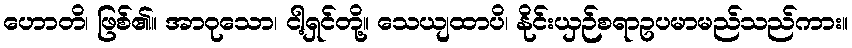
ဟောတိ၊ ဖြစ်၏။ အာဝုသော၊ ငါ့ရှင်တို့။ သေယျထာပိ၊ နိုင်းယှဉ်စရာဥပမာမည်သည်ကား။